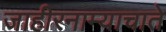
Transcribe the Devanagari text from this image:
जाहीरनाम्याचाते